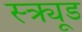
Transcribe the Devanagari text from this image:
स्क्र्यूड